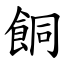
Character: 餇